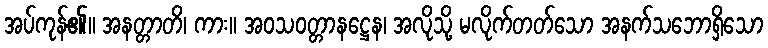
အပ်ကုန်၏။ အနတ္တာတိ၊ ကား။ အဝသဝတ္တာနဋ္ဌေန၊ အလိုသို့ မလိုက်တတ်သော အနက်သဘောရှိသော